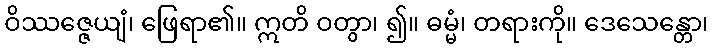
ဝိဿဇ္ဇေယျံ၊ ဖြေရာ၏။ ဣတိ ဝတွာ၊ ၍။ ဓမ္မံ၊ တရားကို။ ဒေသေန္တော၊